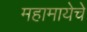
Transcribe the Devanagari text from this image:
महामायेचे